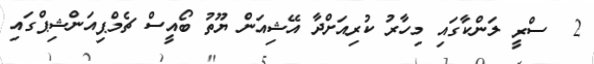
2  ސްރީ ލަންކާގައި މިހާރު ކުރިއަށްދާ އޭޝިއަން ޔޫތު ބޯއީސް ޗެމްޕިއަންޝިޕްގައި